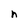
Character: n